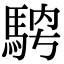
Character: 𩣁